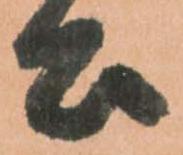
公